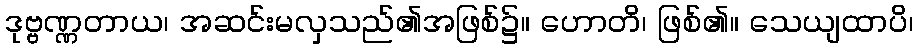
ဒုဗ္ဗဏ္ဏတာယ၊ အဆင်းမလှသည်၏အဖြစ်၌။ ဟောတိ၊ ဖြစ်၏။ သေယျထာပိ၊